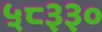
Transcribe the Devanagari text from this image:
५८३३०